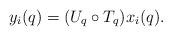
LaTeX: \begin{align*}y_i(q) = (U_q \circ T_q)x_i(q).\end{align*}